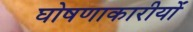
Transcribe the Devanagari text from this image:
घोषणाकारीयों